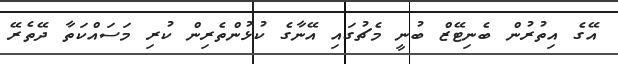
އޭގެ އިތުރުން ބެނިޓޭޒް ބުނީ މެޗުގައި އޭނާގެ ކުޅުންތެރިން ކުރި މަސައްކަތާ ދޭތެރޭ